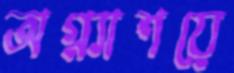
অগ্ন্যাশয়ে